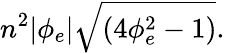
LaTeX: n^{2}|\phi_{e}|\sqrt{\left(4\phi_{e}^{2}-1\right)}.